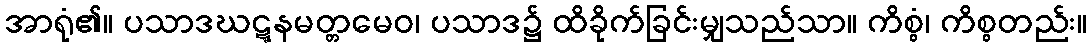
အာရုံ၏။ ပသာဒဃဋ္ဋနမတ္တမေဝ၊ ပသာဒ၌ ထိခိုက်ခြင်းမျှသည်သာ။ ကိစ္စံ၊ ကိစ္စတည်း။